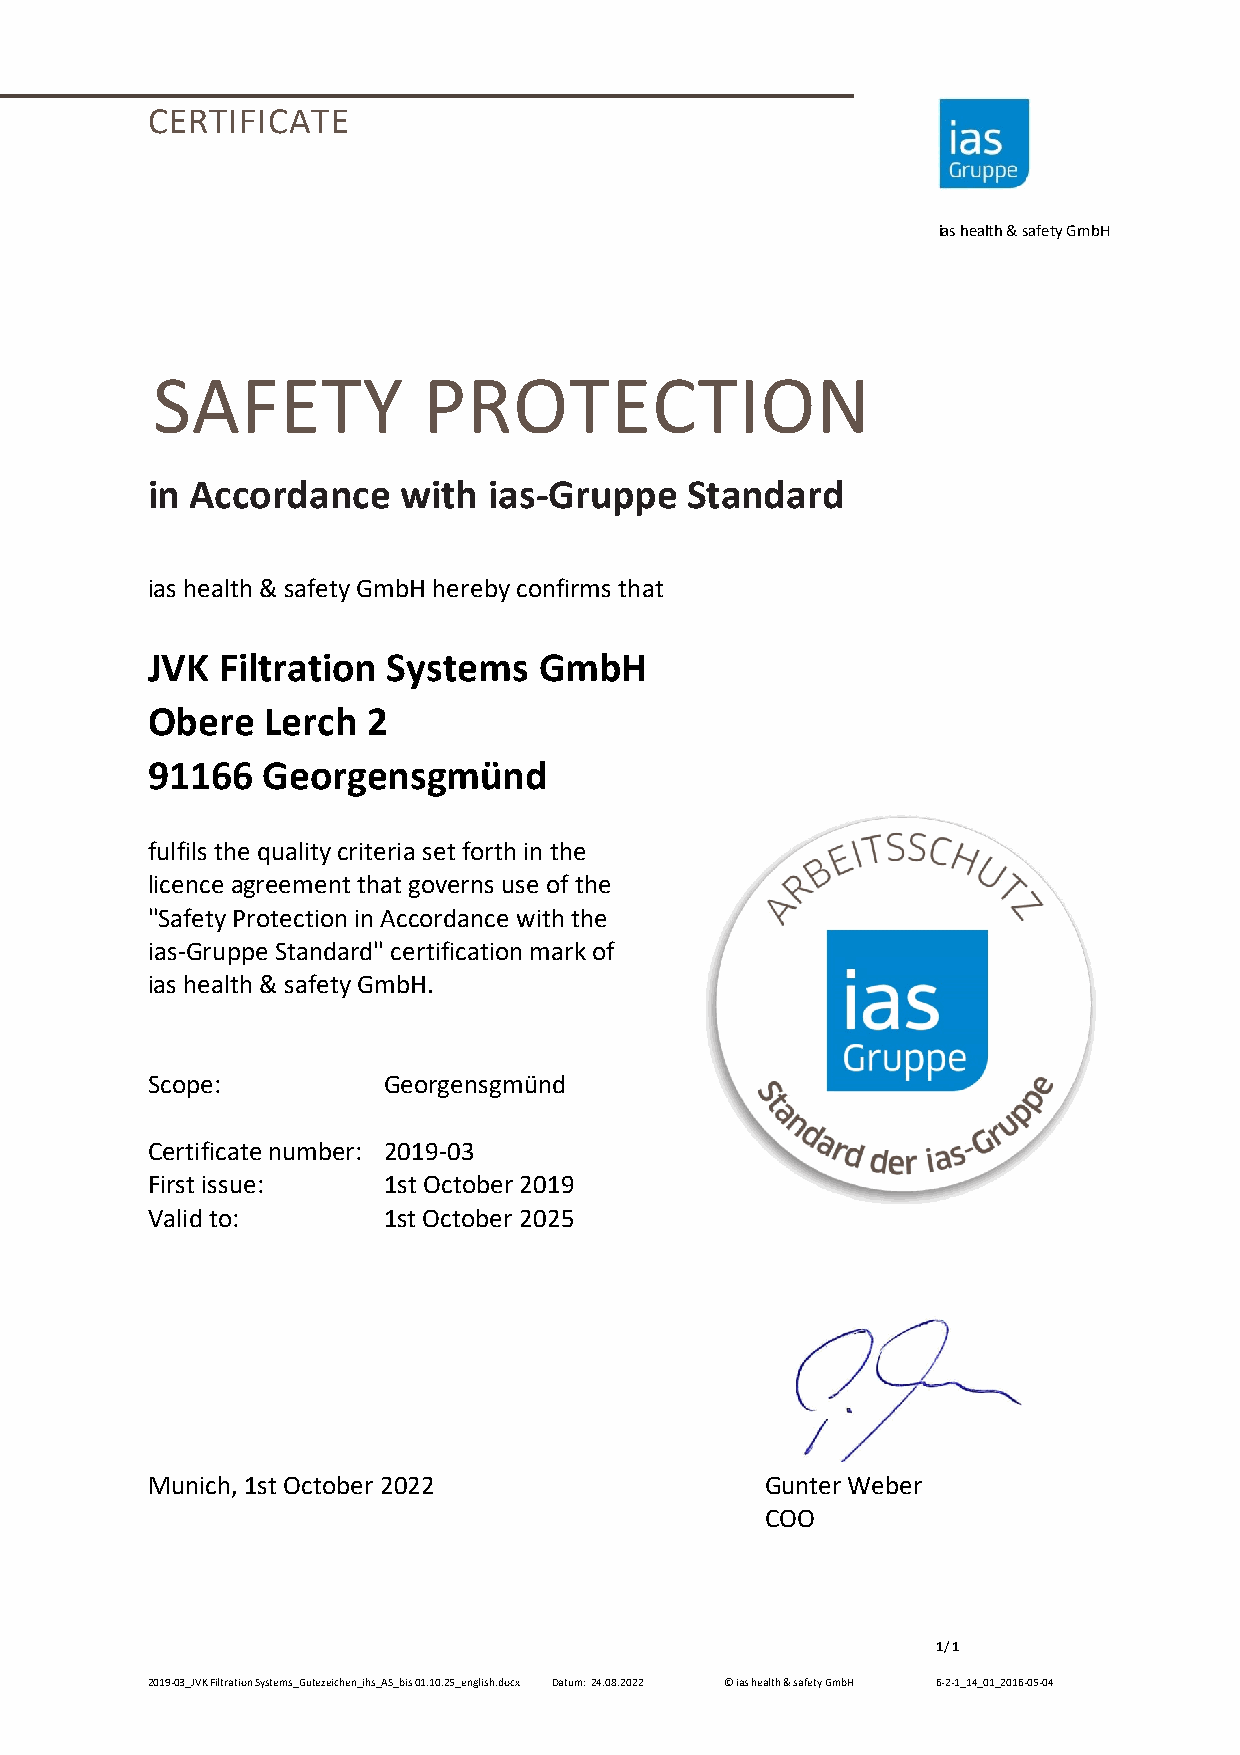
CERTIFICATE
 ias health & safety GmbH
 SAFETY            PROTECTION
 in Accordance    with ias-Gruppe   Standard
 ias health & safety GmbH hereby confirms that
 JVK Filtration  Systems   GmbH
 Obere   Lerch 2
 91166  Georgensgmünd
 fulfils the quality criteria set forth in the
 licence agreement that governs use of the
 "Safety Protection in Accordance with the
 ias-Gruppe Standard" certification mark of
 ias health & safety GmbH.
 Scope:         Georgensgmünd
 Certificate number: 2019-03
 First issue:   1st October 2019
 Valid to:      1st October 2025
 Munich, 1st October 2022                 Gunter Weber
 COO
 1/1
 2019-03_JVK Filtration Systems_Gütezeichen_ihs_AS_bis 01.10.25_english.docx Datum: 24.08.2022 © ias health & safety GmbH 6-2-1_14_01_2016-05-04